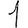
Digit: 1